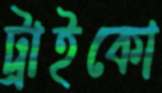
ট্রাইকো